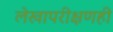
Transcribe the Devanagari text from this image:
लेखापरीक्षणही